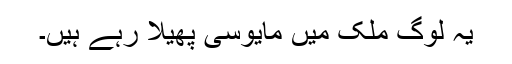
یہ لوگ ملک میں مایوسی پھیلا رہے ہیں۔